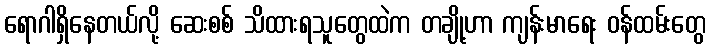
ရောဂါရှိနေတယ်လို့ ဆေးစစ် သိထားရသူတွေထဲက တချို့ဟာ ကျန်းမာရေး ဝန်ထမ်းတွေ